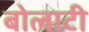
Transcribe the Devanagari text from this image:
बोलाटी